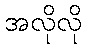
အလိုလို